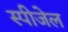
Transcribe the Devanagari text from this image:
स्पीजेल